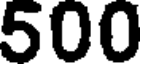
500